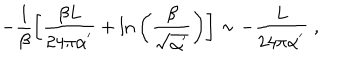
- \frac { 1 } { \beta } \left[ \frac { \beta L } { 2 4 \pi \alpha ^ { ' } } + \ln { \left( \frac { \beta } { \sqrt { \alpha ^ { ' } } } \right) } \right] \sim - \frac { L } { 2 4 \pi \alpha ^ { ' } } \; ,